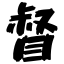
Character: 督